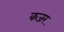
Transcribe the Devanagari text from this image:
कजर